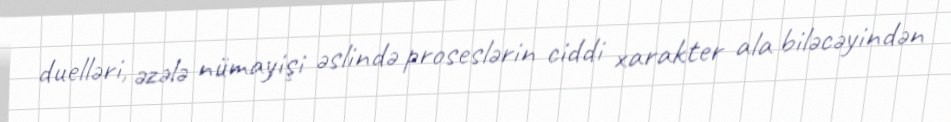
duelləri, əzələ nümayişi əslində proseslərin ciddi xarakter ala biləcəyindən